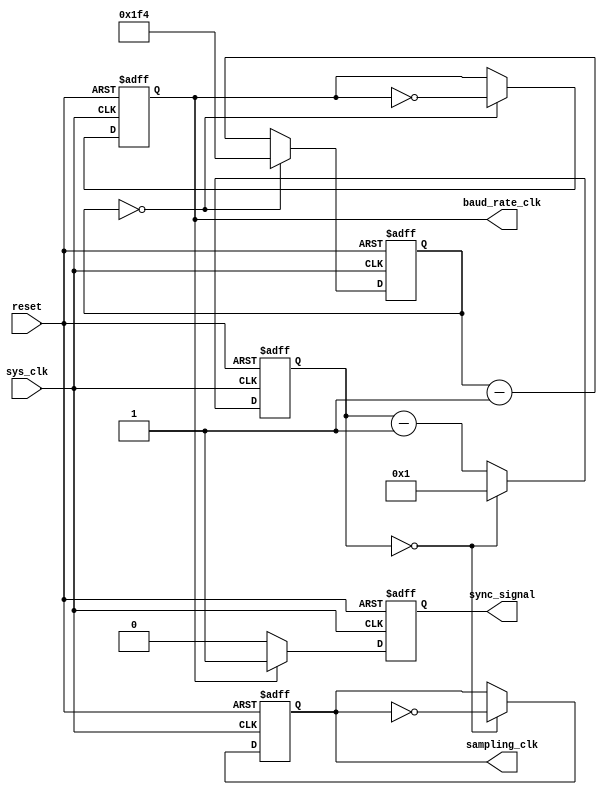
module uart_timing_control_and_sync (
    input wire sys_clk,
    input wire reset,
    output reg baud_rate_clk,
    output reg sampling_clk,
    output reg sync_signal
);

reg [11:0] baud_rate_counter;
reg [3:0] sampling_counter;

always @ (posedge sys_clk or posedge reset) begin
    if (reset) begin
        baud_rate_clk <= 1'b0;
        sampling_clk <= 1'b0;
        sync_signal <= 1'b0;
        baud_rate_counter <= 12'b0;
        sampling_counter <= 4'b0;
    end else begin
        // Baud rate clock generation
        if (baud_rate_counter == 12'd0) begin
            baud_rate_clk <= ~baud_rate_clk;
            baud_rate_counter <= 12'd500; // 500 cycles for baud rate of 9600bps
        end else begin
            baud_rate_counter <= baud_rate_counter - 1;
        end

        // Sampling clock generation
        if (sampling_counter == 4'd0) begin
            sampling_clk <= ~sampling_clk;
            sampling_counter <= 4'd1; // 1 cycle for sampling clock
        end else begin
            sampling_counter <= sampling_counter - 1;
        end

        // Synchronization signal generation (can be customized based on requirements)
        if (baud_rate_clk) begin
            sync_signal <= 1'b1;
        end else begin
            sync_signal <= 1'b0;
        end
    end
end

endmodule